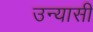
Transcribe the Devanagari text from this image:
उन्यासी